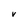
Character: V